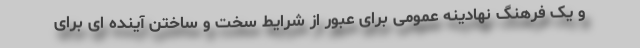
و یک فرهنگ نهادینه عمومی برای عبور از شرایط سخت و ساختن آینده ای برای